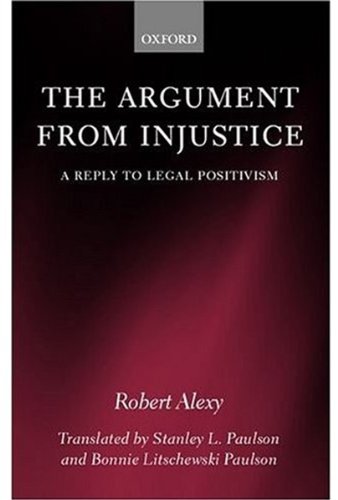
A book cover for The Argument from Injustice: A Reply to Legal Positivism (Law); Robert Alexy; Law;